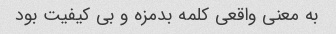
به معنی واقعی کلمه بدمزه و بی کیفیت بود